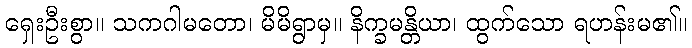
ရှေးဦးစွာ။ သကဂါမတော၊ မိမိရွာမှ။ နိက္ခမန္တိယာ၊ ထွက်သော ရဟန်းမ၏။